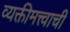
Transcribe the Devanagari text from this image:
व्यक्तीमत्त्वाची